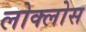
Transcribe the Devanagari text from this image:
लोक्लोस